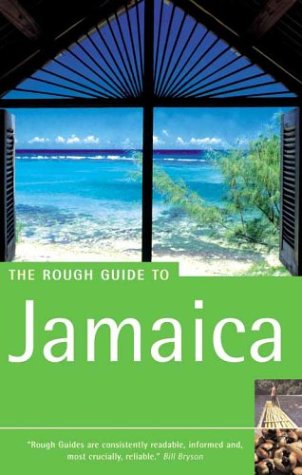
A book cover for The Rough Guide to Jamaica 3 (Rough Guide Travel Guides); ROUGH GUIDES; Travel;